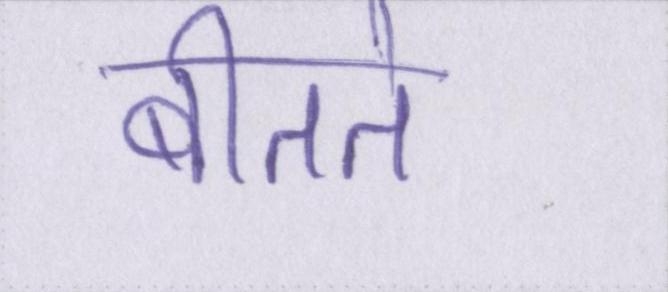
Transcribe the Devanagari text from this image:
बीतते